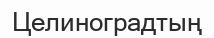
Целиноградтың